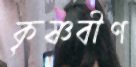
কৃষ্ণবীণ